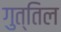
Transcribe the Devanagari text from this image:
गुत्तिल